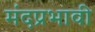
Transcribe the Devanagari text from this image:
मंदप्रभावी